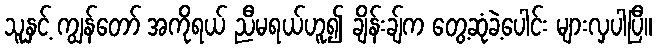
သူနှင့် ကျွန်တော် အကိုရယ် ညီမရယ်ဟူ၍ ချိန်းချ်က တွေ့ဆုံခဲ့ပေါင်း များလှပါပြီ။